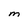
Character: M